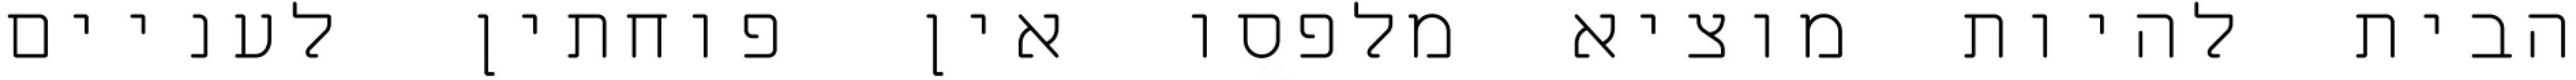
הבית להיות מוציא מלפסו אין פוחתין לעניים